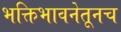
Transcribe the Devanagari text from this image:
भक्तिभावनेतूनच